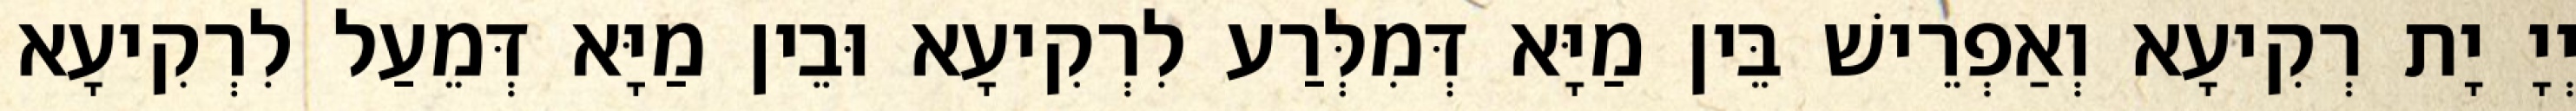
יְיָ יָת רְקִיעָא וְאַפְרֵישׁ בֵּין מַיָּא דְּמִלְּרַע לִרְקִיעָא וּבֵין מַיָּא דְּמֵעַל לִרְקִיעָא